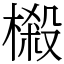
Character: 樧